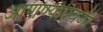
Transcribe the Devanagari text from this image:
आणण्याऐवजी